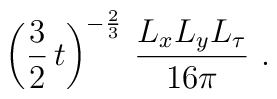
\left(\frac{3}{2}\,t\right)^{-{2\over 3}}\, \frac{L_x L_y  L_\tau}{16\pi}\ .